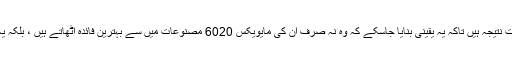
"یہ APIs ہمارے صارفین اور پیناسونک جیسے شراکت داروں کے ساتھ کام کرنے کا براہ راست نتیجہ ہیں تاکہ یہ یقینی بنایا جاسکے کہ وہ نہ صرف ان کی مایویکس 6020 مصنوعات میں سے بہترین فائدہ اٹھاتے ہیں ، بلکہ یہ کہ وہ ان حل سے بھی فائدہ اٹھاتے ہیں جو ان کی ضروریات کے ارتقاء کے ساتھ تیار ہوتا ہے۔